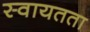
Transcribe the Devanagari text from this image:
स्‍वायतता